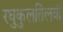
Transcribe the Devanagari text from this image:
रघुकुलतिलकं